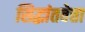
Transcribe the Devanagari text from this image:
सिद्धांतवेत्ता